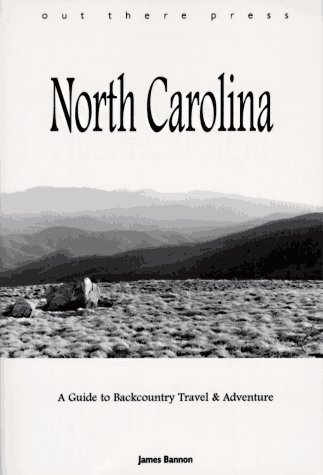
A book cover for North Carolina : A Guide to Backcountry Travel & Adventure; James Bannon; Travel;